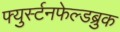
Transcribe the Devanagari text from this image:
फ्युर्स्टनफेल्डब्रुक